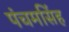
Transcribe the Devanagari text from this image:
पंचमसिंह